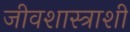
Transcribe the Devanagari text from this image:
जीवशास्त्राशी